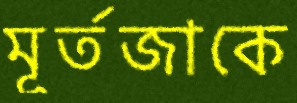
মূর্তজাকে